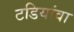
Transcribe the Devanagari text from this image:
टडियांवा